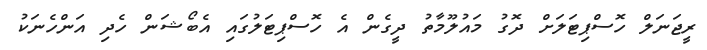
ރީޖަނަލް ހޮސްޕިޓަލަށް ދޮގު މައުލޫމާތު ދީގެން އެ ހޮސްޕިޓަލުގައި އެބޯޝަން ހެދި އަންހެނަކު